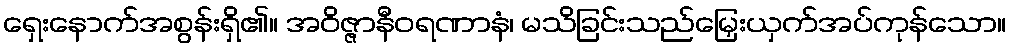
ရှေးနောက်အစွန်းရှိ၏။ အဝိဇ္ဇာနီဝရဏာနံ၊ မသိခြင်းသည်မြှေးယှက်အပ်ကုန်သော။